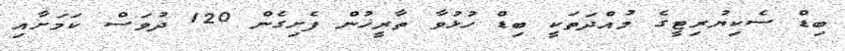
ބިޑް ސެކިޔުރިޓީގެ މުއްދަތަކީ ބިޑް ހުޅުވާ ތާރީޚުން ފެށިގެން 120 ދުވަސް ކަމަށާއި